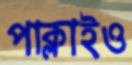
পাক্‌লাইও